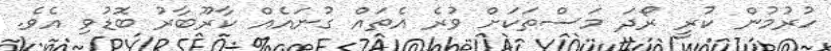
ހުރުމުން ކުރީ ރޯދަ މަސްތަކަށް ވުރެ އެތައް ގުނައެއް ކާރޫބާރު ބޮޑުވި އެވެ.